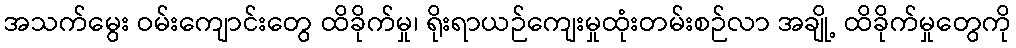
အသက်မွေး ဝမ်းကျောင်းတွေ ထိခိုက်မှု၊ ရိုးရာယဉ်ကျေးမှုထုံးတမ်းစဉ်လာ အချို့ ထိခိုက်မှုတွေကို